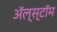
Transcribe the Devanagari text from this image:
ॲल्स्टॉम